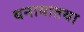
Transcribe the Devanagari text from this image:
बनायातथा